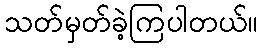
သတ်မှတ်ခဲ့ကြပါတယ်။